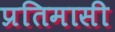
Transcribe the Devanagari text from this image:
प्रतिमासी